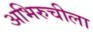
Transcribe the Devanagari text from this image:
अभिरुचीला